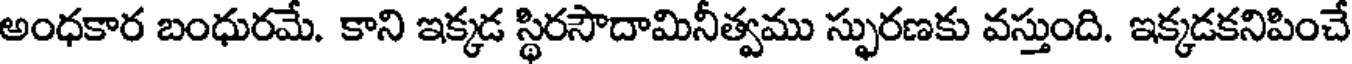
అంధకార బంధురమే. కాని ఇక్కడ స్థిరసౌదామినీత్వము స్ఫురణకు వస్తుంది. ఇక్కడకనిపించే